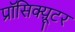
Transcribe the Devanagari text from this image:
प्रॉसिक्य़ूटर